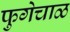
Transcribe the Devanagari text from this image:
फुगेचाळ